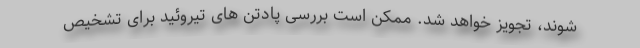
شوند، تجویز خواهد شد. ممکن است بررسی پادتن های تیروئید برای تشخیص